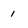
Character: 1